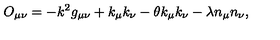
O _ { \mu \nu } = - k ^ { 2 } g _ { \mu \nu } + k _ { \mu } k _ { \nu } - \theta k _ { \mu } k _ { \nu } - \lambda n _ { \mu } n _ { \nu } ,